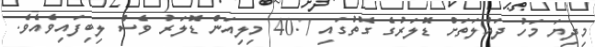
މިދިޔަ މަހު ދައުލަތަށް ޑޮލަރުގެ ގޮތުގައި 40.7 މިލިއަން ޑޮލަރު ވެސް ލިބިފައިވެއެވެ.